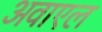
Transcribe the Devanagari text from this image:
अवाएल